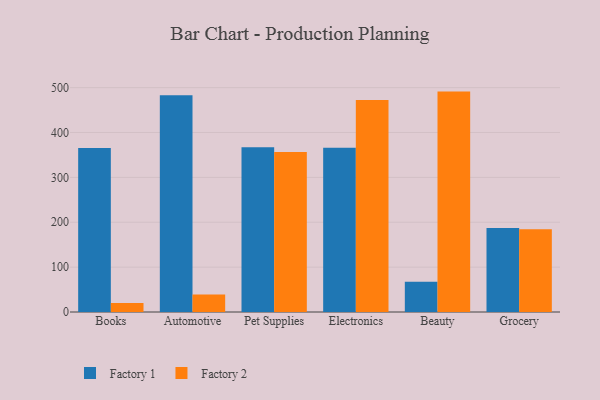
{"axis": {"x": "Category", "y": "Market Share (%)"}, "legend": ["Factory 1", "Factory 2"], "data": [{"x": "Books", "y": 365.5, "type": "Factory 1"}, {"x": "Books", "y": 20.1, "type": "Factory 2"}, {"x": "Automotive", "y": 483.2, "type": "Factory 1"}, {"x": "Automotive", "y": 39.0, "type": "Factory 2"}, {"x": "Pet Supplies", "y": 366.9, "type": "Factory 1"}, {"x": "Pet Supplies", "y": 356.6, "type": "Factory 2"}, {"x": "Electronics", "y": 366.1, "type": "Factory 1"}, {"x": "Electronics", "y": 472.2, "type": "Factory 2"}, {"x": "Beauty", "y": 67.2, "type": "Factory 1"}, {"x": "Beauty", "y": 491.1, "type": "Factory 2"}, {"x": "Grocery", "y": 186.9, "type": "Factory 1"}, {"x": "Grocery", "y": 184.6, "type": "Factory 2"}]}